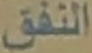
النفق